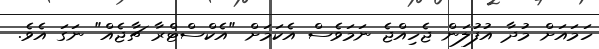
ހަމައަށް މުދާ އުފުލަން ޖެހިއްޖެ ނަމަވެސް އެކަމަށް "އެކްސްޓްރާ ޗާޖެއް" ނަގަ އެެވެ.